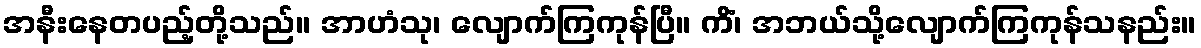
အနီးနေတပည့်တို့သည်။ အာဟံသု၊ လျောက်ကြကုန်ပြီ။ ကိံ၊ အဘယ်သို့လျောက်ကြကုန်သနည်း။